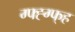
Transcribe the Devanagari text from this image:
ग्फ्ह्ग्फ्ह